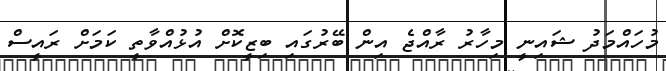
މުހައްމަދު ޝައިނީ މިހާރު ރާއްޖެ އިން ބޭރުގައި ބިޒީކޮށް އުޅުއްވާތީ ކަމަށް ރައީސް